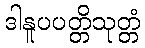
ဒါနူပပတ္တိသုတ္တံ